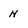
Character: N